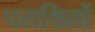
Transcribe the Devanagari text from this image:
पराश्रितों